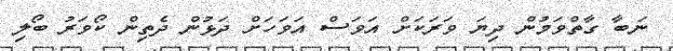
ނަބާ ގާތްވަމުން ދިޔަ ވަރަކަށް އަވަސް އަވަހަށް ދަޅުން ދެތިން ކޯވަރު ބޯލި